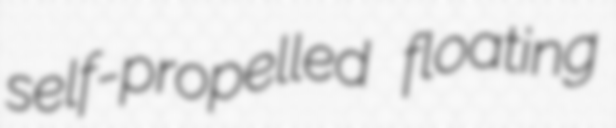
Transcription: self-propelled floating